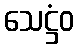
သေဋ္ဌံဝ